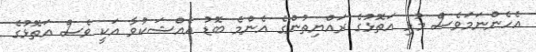
އެހެންނަމަވެސް މުޅި އަތޮޅުގެ ރައްޔިތުންގެ އެންމެ ބޮޑު އެއްޝަކުވާ އަކީ ވެސް އަތޮޅުގެ